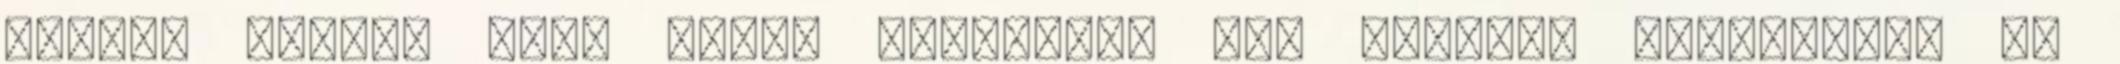
ahhoz, hogyan kell magát tálalnia. Meg kellene tanulnunk, de